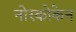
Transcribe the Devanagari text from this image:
नोरकोकेन